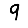
Digit: 9